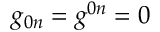
g _ { 0 n } = g ^ { 0 n } = 0